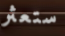
ستعثر